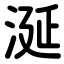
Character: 涎